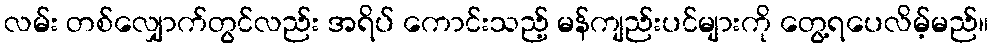
လမ်း တစ်လျှောက်တွင်လည်း အရိပ် ကောင်းသည့် မန်ကျည်းပင်များကို တွေ့ရပေလိမ့်မည်။